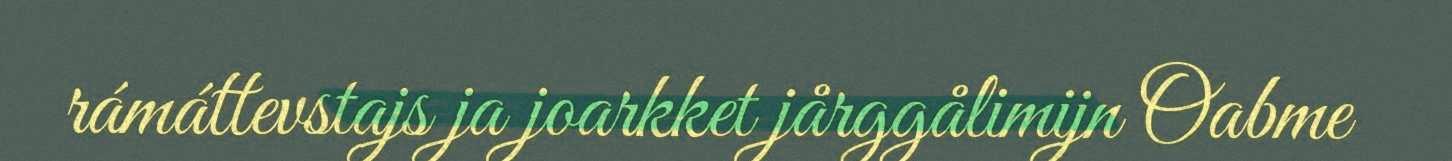
rámáttevstajs ja joarkket jårggålimijn Oabme